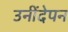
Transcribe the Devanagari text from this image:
उनींदेपन